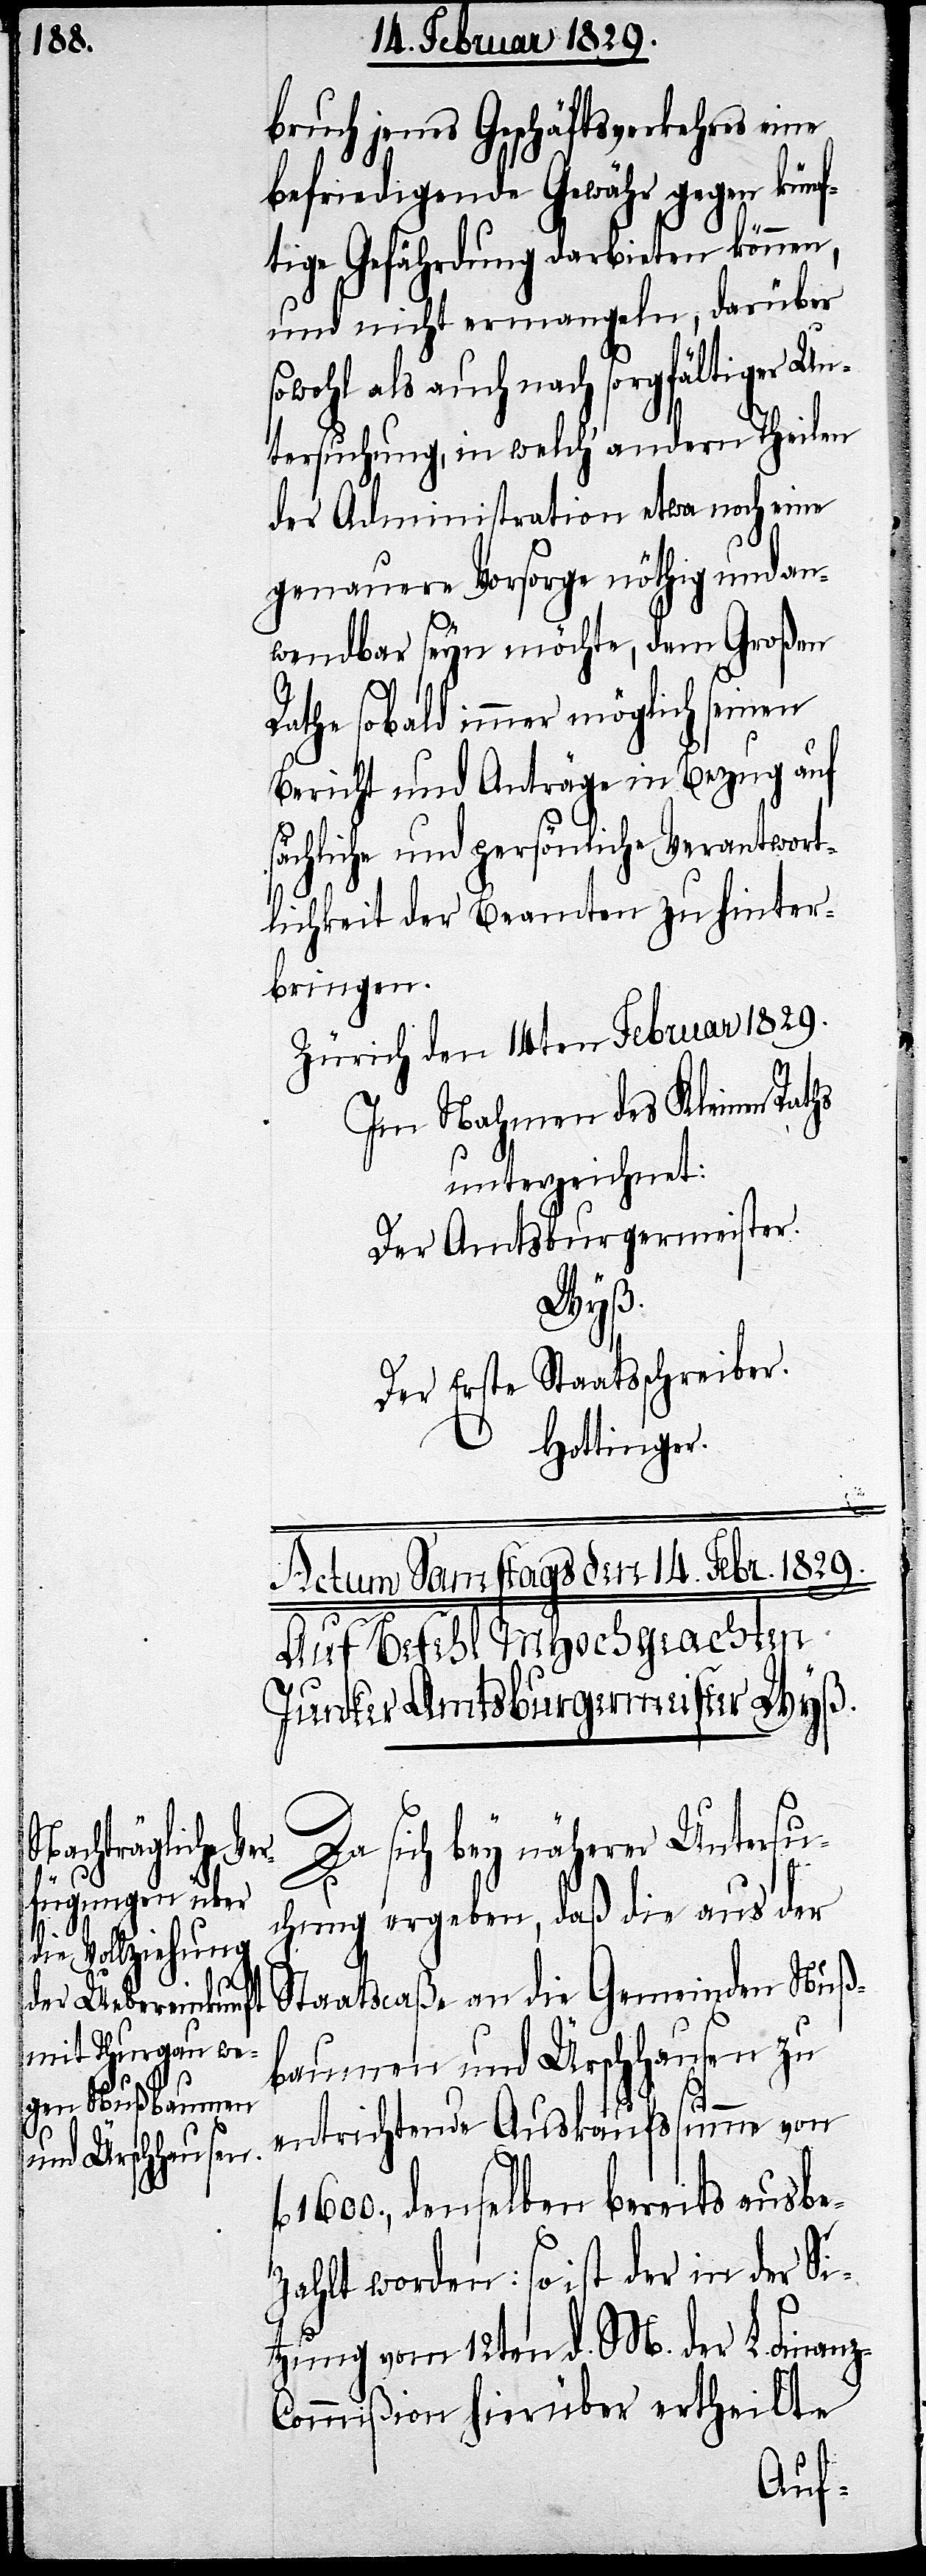
z-C¬

bruch jenes Geschäftsverkehrs eine
befriedigende Gewähr gegen künf¬
tige Gefährdung darbieten können,
und nicht ermangeln, darüber
sowohl als auch nach sorgfältiger Un¬
tersuchung, in welch‘ andern Theilen
der Administration etwa noch eine
genauere Vorsorge nöthig und an¬
wendbar seyn möchte, dem Großen
Rath sobald immer möglich seinen
Bericht und Anträge in Bezug auf
sächliche und persönliche Verantwort¬
lichkeit der Beamten zu hinter¬
bringen.
Zürich den 14ten Februar 1829.
Im Nahmen des Kleinen Raths
unterzeichnet:
Der Amtsburgermeister.
Wyß.
Der Erste Staatsschreiber.
Hottinger.
Actum Samstags den 14. Febr. 1829.
Auf Befehl MHochgeachten
Junker Amtsburgermeister Wyß.
Da sich bey näherer Untersu¬
chung ergeben, daß die aus der
Staatscaßa an die Gemeinde Nuß¬
baumen und Ürschhausen zu
fl.
entrichtende Auskaufssumme von
1600., denselben bereits ausbe¬
zahlt worden: so ist der in der Si¬
tzung vom 12ten d. M. der L. Finan¬
ommißion hierüber ertheilte